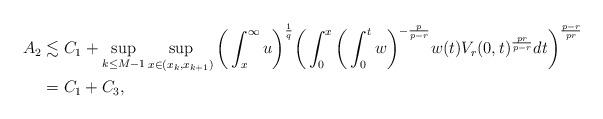
LaTeX: \begin{align*}A_2 & \lesssim C_1 + \sup_{k\leq M-1} \sup_{x \in (x_k, x_{k+1})} \bigg(\int_{x}^{\infty} u\bigg)^{\frac{1}{q}} \bigg( \int_{0}^{x} \bigg(\int_0^t w \bigg)^{-\frac{p}{p-r}} w(t) V_r(0, t)^{\frac{pr}{p-r}} dt \bigg)^{\frac{p-r}{pr}}\\& = C_1 + C_3,\end{align*}